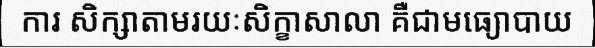
ការ សិក្សាតាមរយៈសិក្ខាសាលា គឺជាមធ្យោបាយ